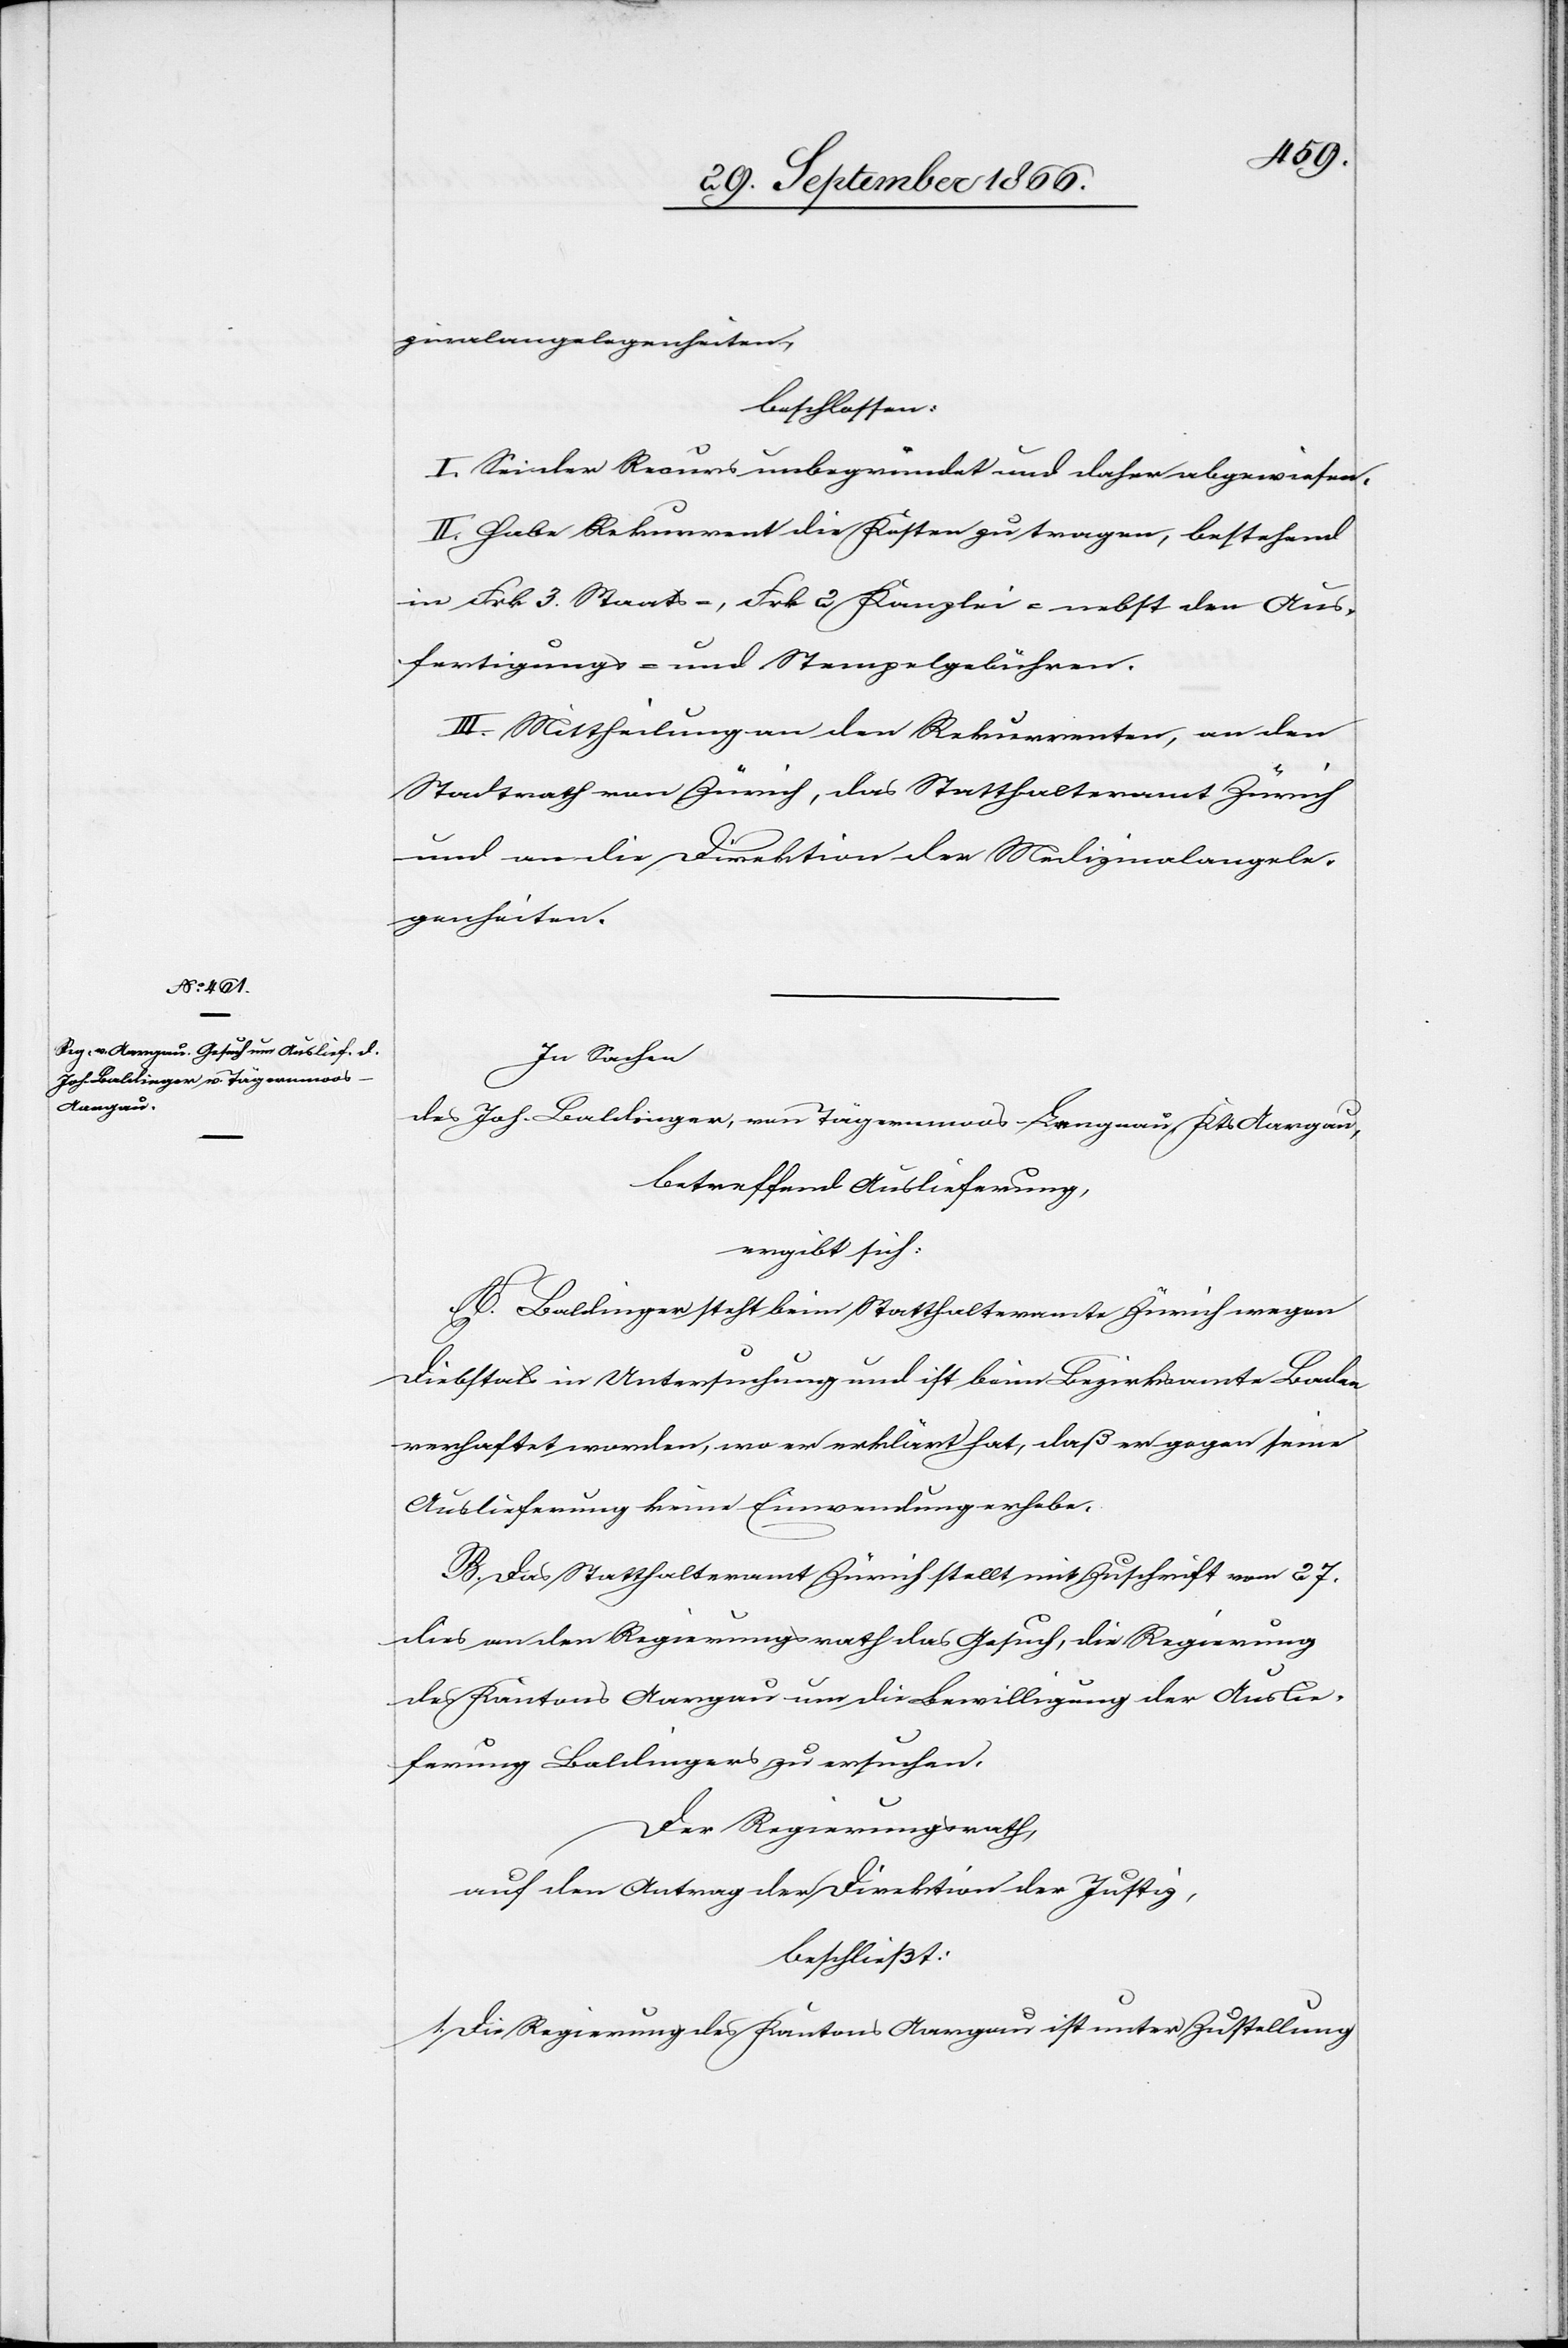
zinalangelegenheiten,
beschlossen:
I. Sei der Recurs unbegründet und daher abgewiesen.
II. Habe Rekurrent die Kosten zu tragen, bestehend
in Frk. 3 Staats- u. Frk. 2 Kanzlei- nebst den Aus¬
fertigungs- und Stempelgebühren.
III. Mittheilung an den Rekurrenten, an den
Stadtrath von Zürich, das Statthalteramt Zürich
und an die Direktion der Medizinalangele¬
genheiten.
In Sachen
des Joh. Baldinger, von Tägermoos-Lengnau, Kts. Aargau,
betreffend Auslieferung,
ergibt sich:
A. Baldinger steht beim Statthalteramte Zürich wegen
Diebstals in Untersuchung und ist beim Bezirksamte Baden
verhaftet worden, wo er erklärt hat, daß er gegen seine
Auslieferung keine Einwendung erhebe.
B. Das Statthalteramt Zürich stellt mit Zuschrift vom 27.
dies an den Regierungsrath das Gesuch, die Regierung
des Kantons Aargau um die Bewilligung der Auslie¬
ferung Baldingers zu ersuchen.
Der Regierungsrath,
auf den Antrag der Direktion der Justiz,
beschließt:
1. Die Regierung des Kantons Aargau ist unter Zustellung